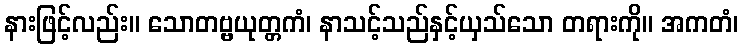
နားဖြင့်လည်း။ သောတဗ္ဗယုတ္တကံ၊ နာသင့်သည်နှင့်ယှသ်သော တရားကို။ အကတံ၊